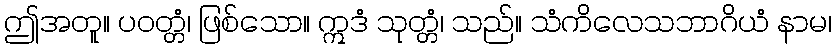
ဤအတူ။ ပဝတ္တံ၊ ဖြစ်သော။ ဣဒံ သုတ္တံ၊ သည်။ သံကိလေသဘာဂိယံ နာမ၊